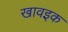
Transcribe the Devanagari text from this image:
खावइक